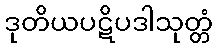
ဒုတိယပဋိပဒါသုတ္တံ